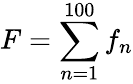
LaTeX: F=\sum_{n=1}^{100}f_{n}